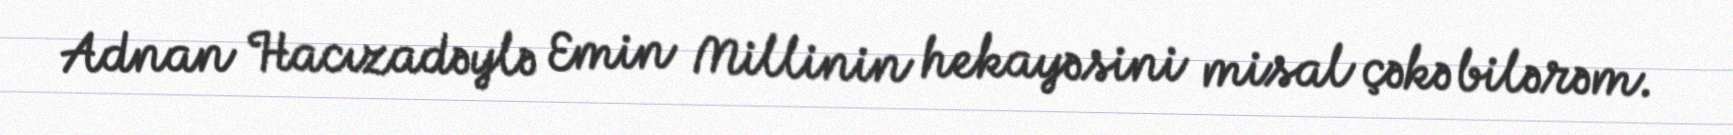
Adnan Hacızadəylə Emin Millinin hekayəsini misal çəkə bilərəm.